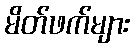
မိတ်ဖက်များ